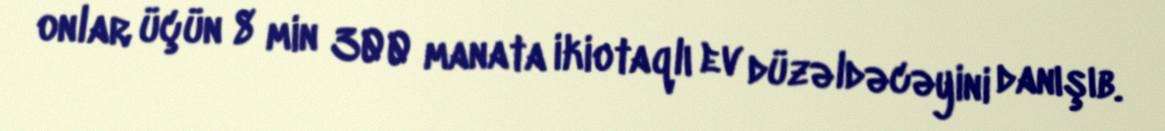
onlar üçün 8 min 300 manata ikiotaqlı ev düzəldəcəyini danışıb.